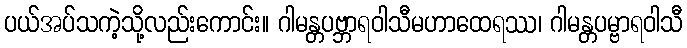
ပယ်အပ်သကဲ့သို့လည်းကောင်း။ ဂါမန္တပဗ္ဘာရဝါသီမဟာထေရဿ၊ ဂါမန္တပမ္ဗာရဝါသီ